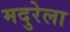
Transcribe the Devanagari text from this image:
मदुरेला